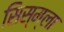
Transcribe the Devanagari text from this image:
सिस्म्ला